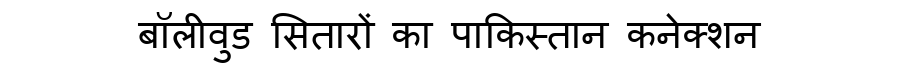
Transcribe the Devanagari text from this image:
बॉलीवुड सितारों का पाकिस्तान कनेक्शन